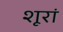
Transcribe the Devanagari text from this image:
शूरां